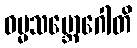
ဓမ္မသမ္ဘောဂေါတိ